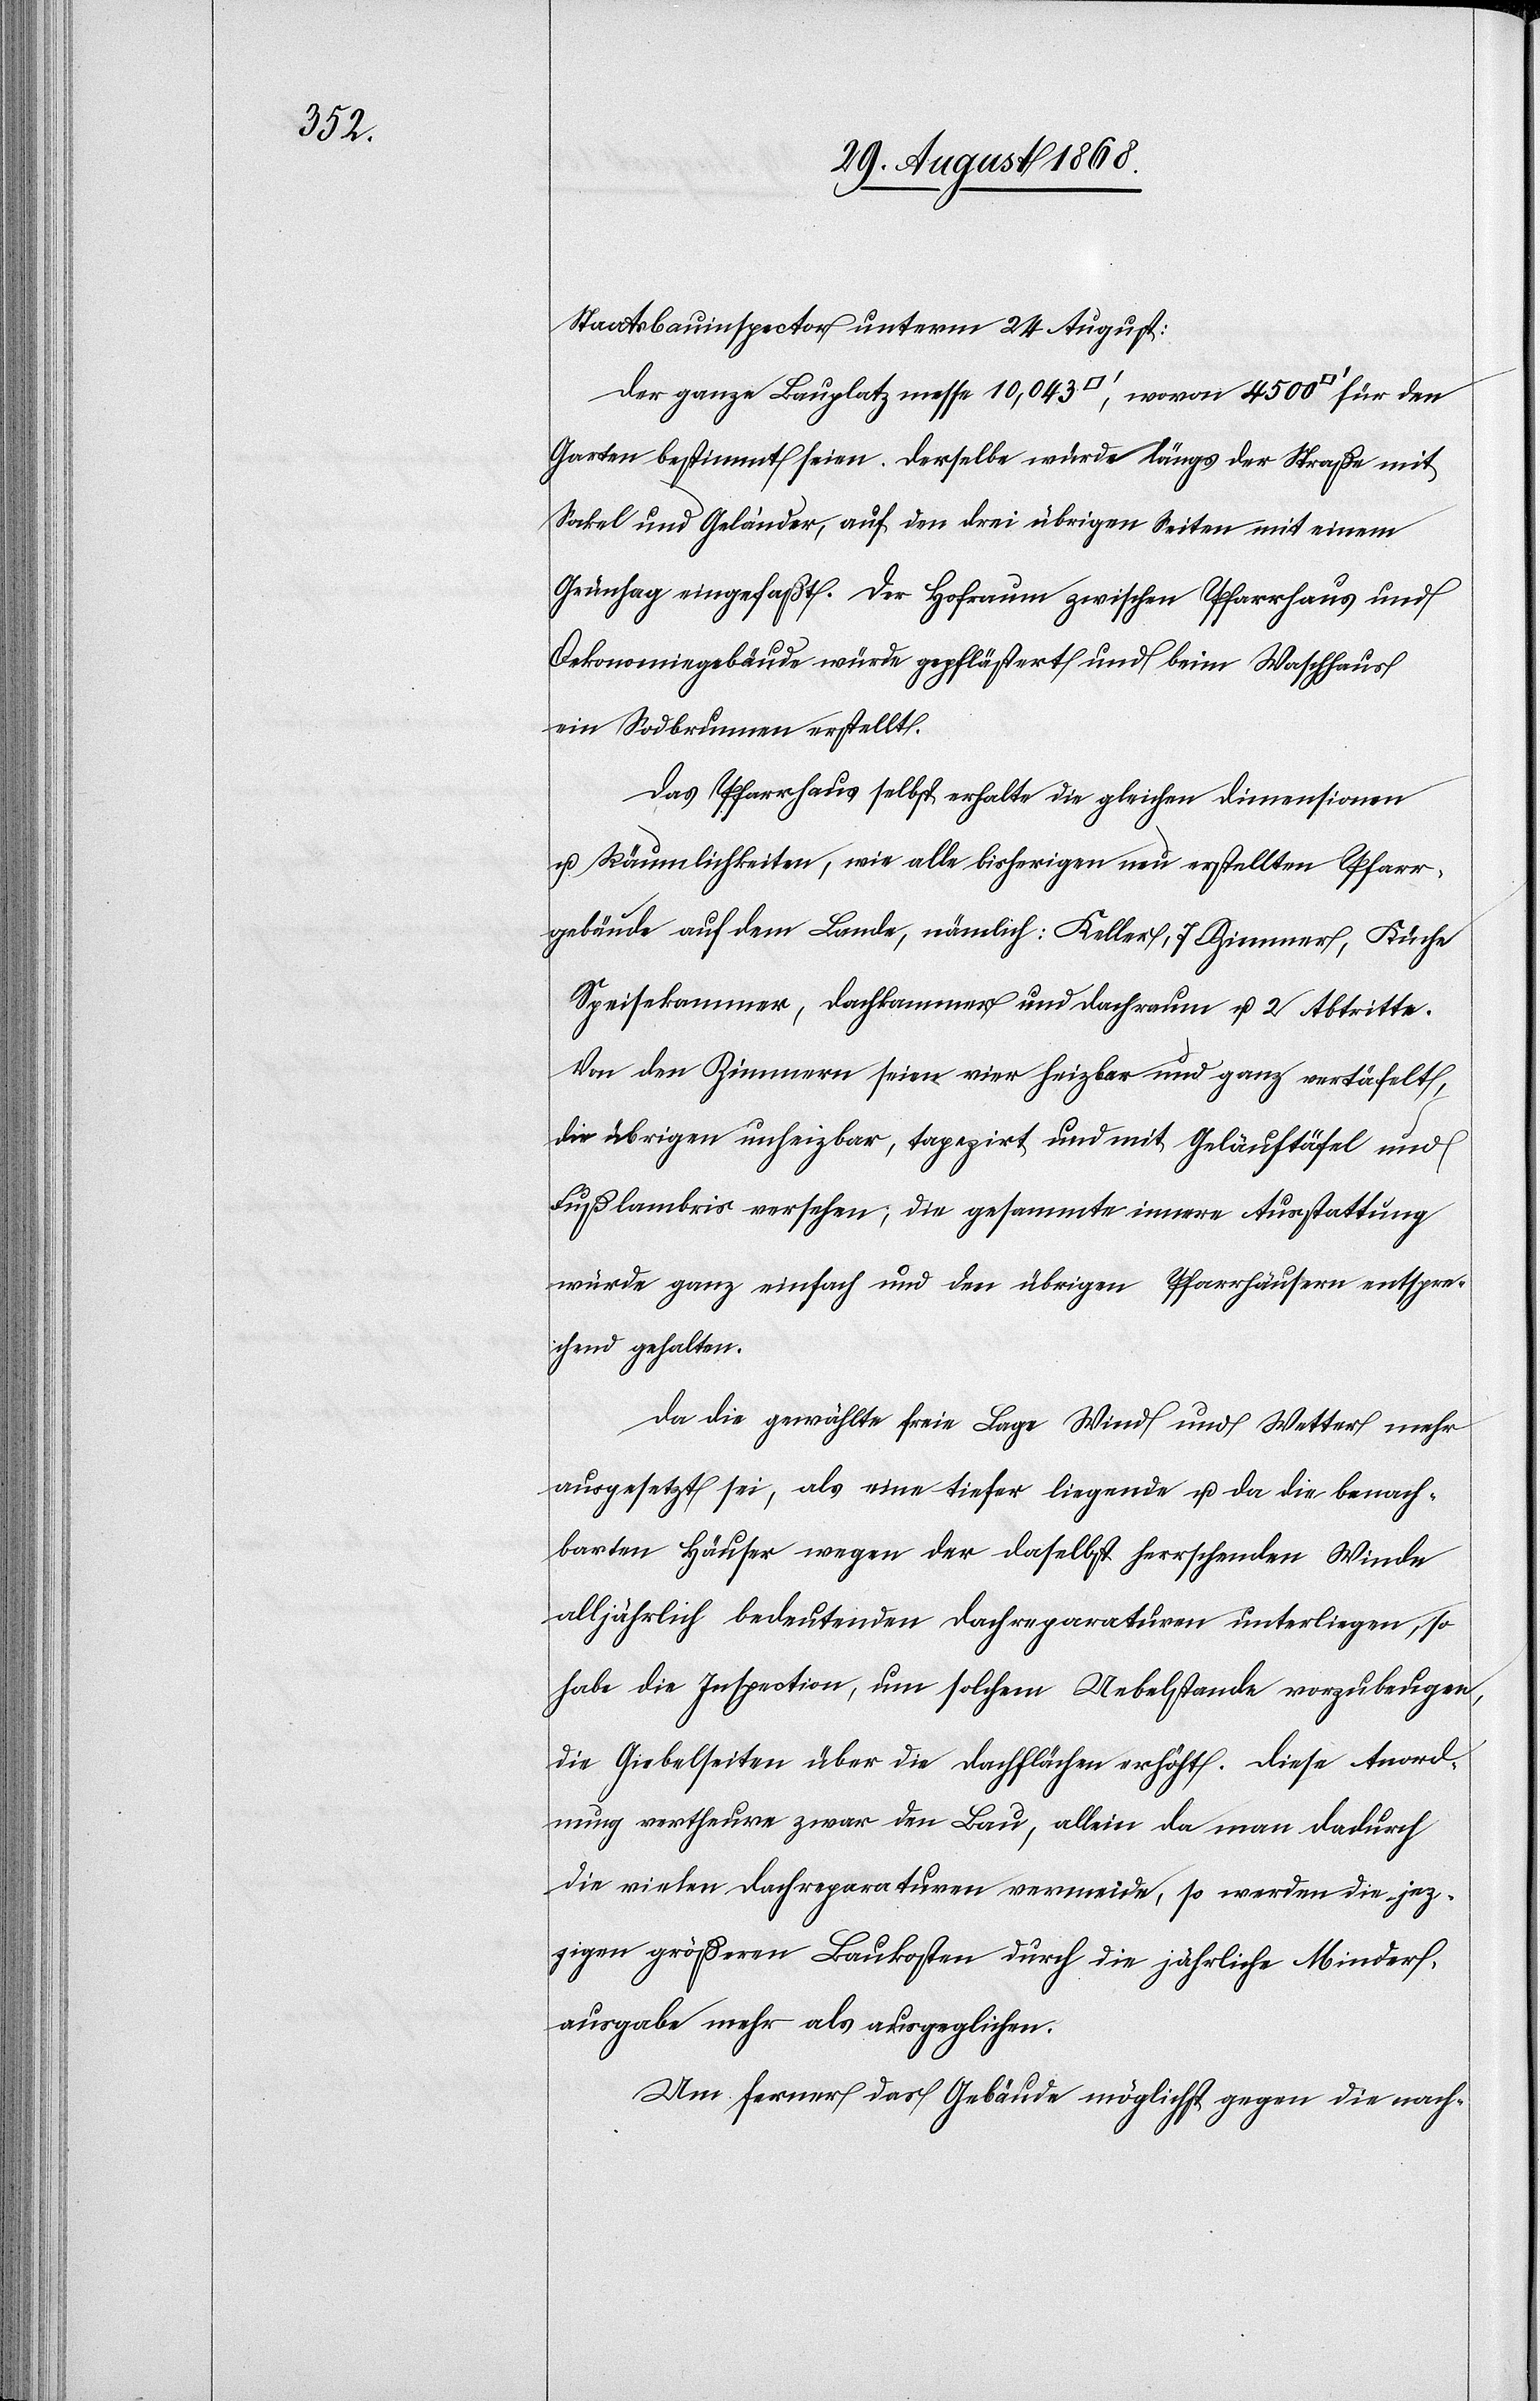
atfuß]

Staatsbauinspector unterm 24 August:
Der ganze Bauplatz messe 10,043 [Quadratfuß], wovon 4500 [Quadr¬
Garten bestimmt seien. Derselbe würde längs der Straße mit
Sockel und Geländer, auf den drei übrigen Seiten mit einem
Grünhag eingefaßt. Der Hofraum zwischen Pfarrhaus und
Oekonomiegebäude würde gepflästert und beim Waschhaus
ein Sodbrunnen erstellt.
Das Pfarrhaus selbst erhalte die gleichen Dimensionen
u. Räumlichkeiten, wie alle bisherigen neu erstellten Pfarr¬
gebäude auf dem Lande, nämlich: Keller, 7 Zimmer, Küche[,]
Speisekammer, Dachkammer und Dachraum u. 2 Abtritte.
Von den Zimmern seien vier heizbar und ganz vertäfelt,
die übrigen unheizbar, tapezirt und mit Geläuftäfel und
Fußlambris versehen; die gesammte innere Ausstattung
würde ganz einfach und den übrigen Pfarrhäusern entspre¬
chend gehalten.
Da die gewählte freie Lage Wind und Wetter mehr
ausgesetzt sei, als eine tiefer liegende u. da die benach¬
barten Häuser wegen der daselbst herrschenden Winde
alljährlich bedeutenden Dachreparaturen unterliegen, so
habe die Inspection, um solchem Uebelstande vorzubeugen,
die Giebelseiten über die Dachflächen erhöht. Diese Anord¬
nung vertheure zwar den Bau, allein da man dadurch
die vielen Dachreparaturen vermeide, so werden die jetz¬
igen größeren Baukosten durch die jährliche Minder¬
ausgabe mehr als ausgeglichen.
Um ferner das Gebäude möglichst gegen die nach-